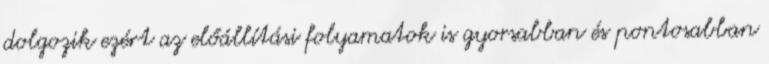
dolgozik ezért az előállítási folyamatok is gyorsabban és pontosabban